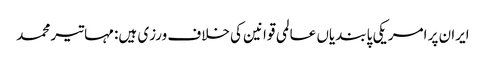
ایران پر امریکی پابندیاں عالمی قوانین کی خلاف ورزی ہیں: مہاتیر محمد